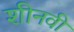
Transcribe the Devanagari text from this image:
शीनवी